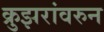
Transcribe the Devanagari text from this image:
क्रुझरांवरुन